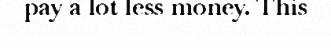
pay a lot less money. This